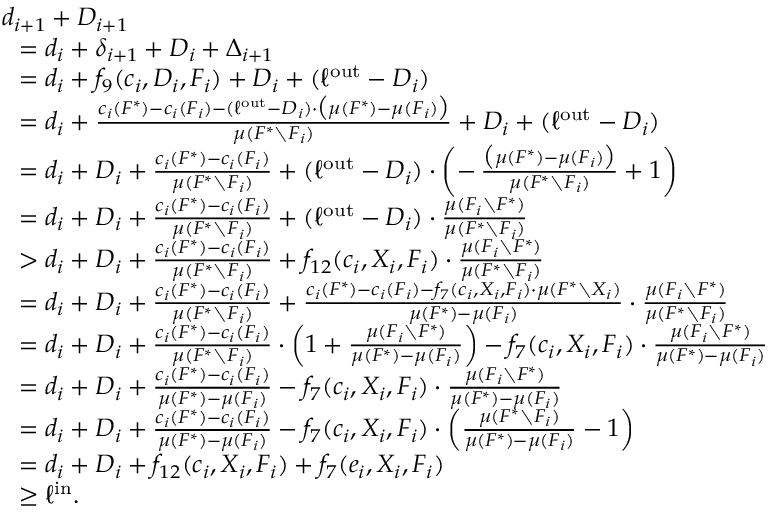
\begin{array} { r l } & { d _ { i + 1 } + D _ { i + 1 } } \\ { } & { ~ ~ = d _ { i } + \delta _ { i + 1 } + D _ { i } + \Delta _ { i + 1 } } \\ { } & { ~ ~ = d _ { i } + f _ { 9 } ( c _ { i } , D _ { i } , F _ { i } ) + D _ { i } + ( \ell ^ { \mathrm { o u t } } - D _ { i } ) } \\ { } & { ~ ~ = d _ { i } + \frac { c _ { i } ( F ^ { * } ) - c _ { i } ( F _ { i } ) - ( \ell ^ { \mathrm { o u t } } - D _ { i } ) \cdot \big ( \mu ( F ^ { * } ) - \mu ( F _ { i } ) \big ) } { \mu ( F ^ { * } \setminus F _ { i } ) } + D _ { i } + ( \ell ^ { \mathrm { o u t } } - D _ { i } ) } \\ { } & { ~ ~ = d _ { i } + D _ { i } + \frac { c _ { i } ( F ^ { * } ) - c _ { i } ( F _ { i } ) } { \mu ( F ^ { * } \setminus F _ { i } ) } + ( \ell ^ { \mathrm { o u t } } - D _ { i } ) \cdot \left( - \, \frac { \big ( \mu ( F ^ { * } ) - \mu ( F _ { i } ) \big ) } { \mu ( F ^ { * } \setminus F _ { i } ) } + 1 \right) } \\ { } & { ~ ~ = d _ { i } + D _ { i } + \frac { c _ { i } ( F ^ { * } ) - c _ { i } ( F _ { i } ) } { \mu ( F ^ { * } \setminus F _ { i } ) } + ( \ell ^ { \mathrm { o u t } } - D _ { i } ) \cdot \frac { \mu ( F _ { i } \setminus F ^ { * } ) } { \mu ( F ^ { * } \setminus F _ { i } ) } } \\ { } & { ~ ~ > d _ { i } + D _ { i } + \frac { c _ { i } ( F ^ { * } ) - c _ { i } ( F _ { i } ) } { \mu ( F ^ { * } \setminus F _ { i } ) } + f _ { 1 2 } ( c _ { i } , X _ { i } , F _ { i } ) \cdot \frac { \mu ( F _ { i } \setminus F ^ { * } ) } { \mu ( F ^ { * } \setminus F _ { i } ) } } \\ { } & { ~ ~ = d _ { i } + D _ { i } + \frac { c _ { i } ( F ^ { * } ) - c _ { i } ( F _ { i } ) } { \mu ( F ^ { * } \setminus F _ { i } ) } + \frac { c _ { i } ( F ^ { * } ) - c _ { i } ( F _ { i } ) - f _ { 7 } ( c _ { i } , X _ { i } , F _ { i } ) \cdot \mu ( F ^ { * } \setminus X _ { i } ) } { \mu ( F ^ { * } ) - \mu ( F _ { i } ) } \cdot \frac { \mu ( F _ { i } \setminus F ^ { * } ) } { \mu ( F ^ { * } \setminus F _ { i } ) } } \\ { } & { ~ ~ = d _ { i } + D _ { i } + \frac { c _ { i } ( F ^ { * } ) - c _ { i } ( F _ { i } ) } { \mu ( F ^ { * } \setminus F _ { i } ) } \cdot \left( 1 + \frac { \mu ( F _ { i } \setminus F ^ { * } ) } { \mu ( F ^ { * } ) - \mu ( F _ { i } ) } \right) - f _ { 7 } ( c _ { i } , X _ { i } , F _ { i } ) \cdot \frac { \mu ( F _ { i } \setminus F ^ { * } ) } { \mu ( F ^ { * } ) - \mu ( F _ { i } ) } } \\ { } & { ~ ~ = d _ { i } + D _ { i } + \frac { c _ { i } ( F ^ { * } ) - c _ { i } ( F _ { i } ) } { \mu ( F ^ { * } ) - \mu ( F _ { i } ) } - f _ { 7 } ( c _ { i } , X _ { i } , F _ { i } ) \cdot \frac { \mu ( F _ { i } \setminus F ^ { * } ) } { \mu ( F ^ { * } ) - \mu ( F _ { i } ) } } \\ { } & { ~ ~ = d _ { i } + D _ { i } + \frac { c _ { i } ( F ^ { * } ) - c _ { i } ( F _ { i } ) } { \mu ( F ^ { * } ) - \mu ( F _ { i } ) } - f _ { 7 } ( c _ { i } , X _ { i } , F _ { i } ) \cdot \left( \frac { \mu ( F ^ { * } \setminus F _ { i } ) } { \mu ( F ^ { * } ) - \mu ( F _ { i } ) } - 1 \right) } \\ { } & { ~ ~ = d _ { i } + D _ { i } + f _ { 1 2 } ( c _ { i } , X _ { i } , F _ { i } ) + f _ { 7 } ( e _ { i } , X _ { i } , F _ { i } ) } \\ { } & { ~ ~ \ge \ell ^ { \mathrm { i n } } . } \end{array}